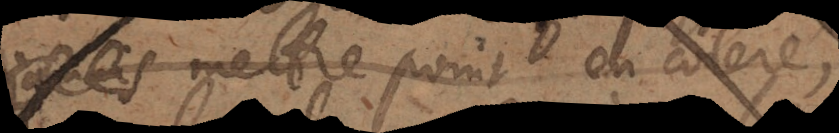
mettre point en colere: